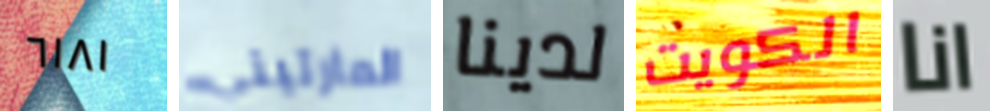
٦١٨١ المارتيني لدينا الكويت انا